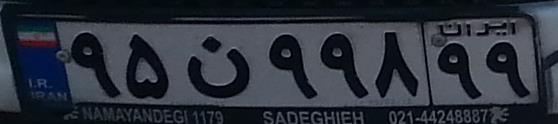
۹۵ن۹۹۸۹۹